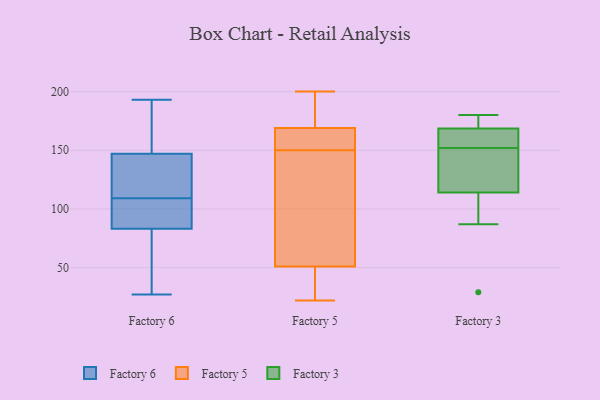
{"axis": {"x": "Backlog", "y": "Value"}, "legend": ["Factory 3", "Factory 5", "Factory 6"], "data": [{"x": "", "y": 126, "type": "Factory 6"}, {"x": "", "y": 27, "type": "Factory 6"}, {"x": "", "y": 83, "type": "Factory 6"}, {"x": "", "y": 60, "type": "Factory 6"}, {"x": "", "y": 147, "type": "Factory 6"}, {"x": "", "y": 92, "type": "Factory 6"}, {"x": "", "y": 193, "type": "Factory 6"}, {"x": "", "y": 173, "type": "Factory 6"}, {"x": "", "y": 147, "type": "Factory 6"}, {"x": "", "y": 86, "type": "Factory 6"}, {"x": "", "y": 146, "type": "Factory 5"}, {"x": "", "y": 200, "type": "Factory 5"}, {"x": "", "y": 169, "type": "Factory 5"}, {"x": "", "y": 154, "type": "Factory 5"}, {"x": "", "y": 51, "type": "Factory 5"}, {"x": "", "y": 77, "type": "Factory 5"}, {"x": "", "y": 22, "type": "Factory 5"}, {"x": "", "y": 173, "type": "Factory 5"}, {"x": "", "y": 166, "type": "Factory 5"}, {"x": "", "y": 32, "type": "Factory 5"}, {"x": "", "y": 177, "type": "Factory 3"}, {"x": "", "y": 29, "type": "Factory 3"}, {"x": "", "y": 130, "type": "Factory 3"}, {"x": "", "y": 180, "type": "Factory 3"}, {"x": "", "y": 167, "type": "Factory 3"}, {"x": "", "y": 98, "type": "Factory 3"}, {"x": "", "y": 145, "type": "Factory 3"}, {"x": "", "y": 162, "type": "Factory 3"}, {"x": "", "y": 170, "type": "Factory 3"}, {"x": "", "y": 139, "type": "Factory 3"}, {"x": "", "y": 159, "type": "Factory 3"}, {"x": "", "y": 87, "type": "Factory 3"}]}